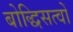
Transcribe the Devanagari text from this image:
बोद्धिसत्वों